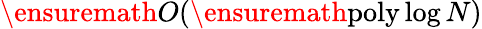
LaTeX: \ensuremath{{O}}(\ensuremath{\operatorname{poly}}\log N)